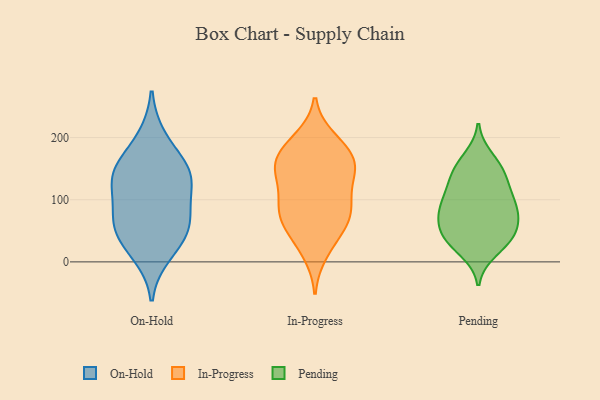
{"axis": {"x": "Energy Usage (MWh)", "y": "Value"}, "legend": ["In-Progress", "On-Hold", "Pending"], "data": [{"x": "", "y": 140, "type": "On-Hold"}, {"x": "", "y": 79, "type": "On-Hold"}, {"x": "", "y": 146, "type": "On-Hold"}, {"x": "", "y": 51, "type": "On-Hold"}, {"x": "", "y": 59, "type": "On-Hold"}, {"x": "", "y": 140, "type": "On-Hold"}, {"x": "", "y": 199, "type": "On-Hold"}, {"x": "", "y": 145, "type": "On-Hold"}, {"x": "", "y": 99, "type": "On-Hold"}, {"x": "", "y": 13, "type": "On-Hold"}, {"x": "", "y": 41, "type": "On-Hold"}, {"x": "", "y": 156, "type": "In-Progress"}, {"x": "", "y": 73, "type": "In-Progress"}, {"x": "", "y": 142, "type": "In-Progress"}, {"x": "", "y": 174, "type": "In-Progress"}, {"x": "", "y": 82, "type": "In-Progress"}, {"x": "", "y": 163, "type": "In-Progress"}, {"x": "", "y": 162, "type": "In-Progress"}, {"x": "", "y": 39, "type": "In-Progress"}, {"x": "", "y": 85, "type": "In-Progress"}, {"x": "", "y": 190, "type": "In-Progress"}, {"x": "", "y": 15, "type": "In-Progress"}, {"x": "", "y": 197, "type": "In-Progress"}, {"x": "", "y": 129, "type": "In-Progress"}, {"x": "", "y": 96, "type": "In-Progress"}, {"x": "", "y": 53, "type": "In-Progress"}, {"x": "", "y": 79, "type": "In-Progress"}, {"x": "", "y": 139, "type": "In-Progress"}, {"x": "", "y": 147, "type": "Pending"}, {"x": "", "y": 149, "type": "Pending"}, {"x": "", "y": 87, "type": "Pending"}, {"x": "", "y": 69, "type": "Pending"}, {"x": "", "y": 37, "type": "Pending"}, {"x": "", "y": 44, "type": "Pending"}, {"x": "", "y": 167, "type": "Pending"}, {"x": "", "y": 35, "type": "Pending"}, {"x": "", "y": 104, "type": "Pending"}, {"x": "", "y": 117, "type": "Pending"}, {"x": "", "y": 105, "type": "Pending"}, {"x": "", "y": 68, "type": "Pending"}, {"x": "", "y": 85, "type": "Pending"}, {"x": "", "y": 18, "type": "Pending"}, {"x": "", "y": 140, "type": "Pending"}, {"x": "", "y": 36, "type": "Pending"}, {"x": "", "y": 70, "type": "Pending"}]}